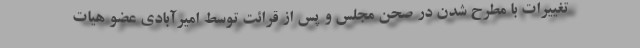
تغییرات با مطرح شدن در صحن مجلس و پس از قرائت توسط امیرآبادی عضو هیات